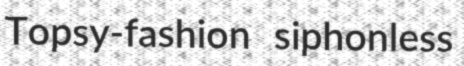
Topsy-fashion siphonless